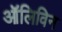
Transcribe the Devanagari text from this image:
ऑलिविन